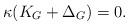
LaTeX: \begin{align*}\kappa (K_G+ \Delta_G) =0 .\end{align*}